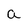
Character: a